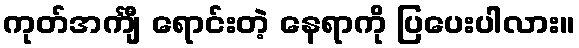
ကုတ်အင်္ကျီ ရောင်းတဲ့ နေရာကို ပြပေးပါလား။